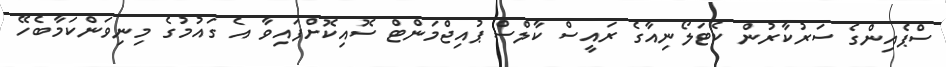
ސްޕެއިންގެ ސަރުކާރުން ކެޓަލޯނިއާގެ ރައީސް ކާލްސް ޕުއިޖްމަންޓް ސޮއިކޮށްފައިވާ އެ ގައުމުގެ މިނިވަންކަމާބެހޭ